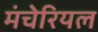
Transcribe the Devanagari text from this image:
मंचेरियल